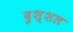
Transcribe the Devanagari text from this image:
दुश्शल